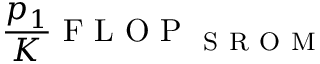
\frac { p _ { 1 } } { K } \mathrm { ~ F ~ L ~ O ~ P ~ } _ { \mathrm { ~ S ~ R ~ O ~ M ~ } }